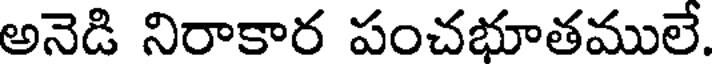
అనెడి నిరాకార పంచభూతములే.